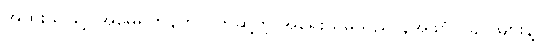
အထူးသဖြင့် အမေရိကန်က ပိတ်ဆို့တဲ့ အရေးယူမှုသည် နအဖဗိုလ်ချုပ်များနဲ့